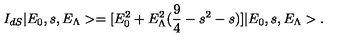
I _ { d S } | E _ { 0 } , s , E _ { \Lambda } > = [ E _ { 0 } ^ { 2 } + E _ { \Lambda } ^ { 2 } ( \frac { 9 } { 4 } - s ^ { 2 } - s ) ] | E _ { 0 } , s , E _ { \Lambda } > .